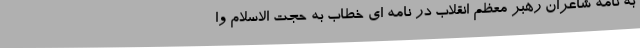
به نامه شاعران رهبر معظم انقلاب در نامه ای خطاب به حجت الاسلام وا